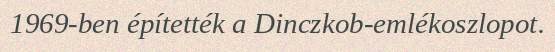
1969-ben építették a Dinczkob-emlékoszlopot.